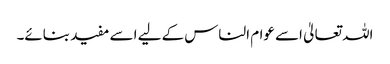
اللہ تعالیٰ اسے عوام الناس کے لیے اسے مفید بنائے۔